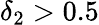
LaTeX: \delta_{2}>0.5